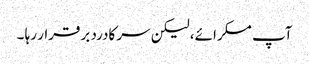
آپ مسکرائے، لیکن سر کادرد برقرار رہا ۔